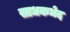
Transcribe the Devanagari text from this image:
साधकभेद